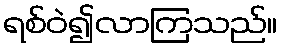
ရစ်ဝဲ၍လာကြသည်။